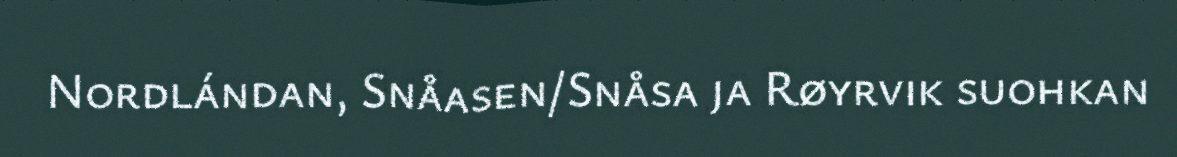
Nordlándan, Snåasen/Snåsa ja Røyrvik suohkan